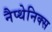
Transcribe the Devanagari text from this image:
नैप्थेनिक्स